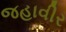
જહાવીર